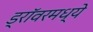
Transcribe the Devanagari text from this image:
ड्रॉवरमध्ये